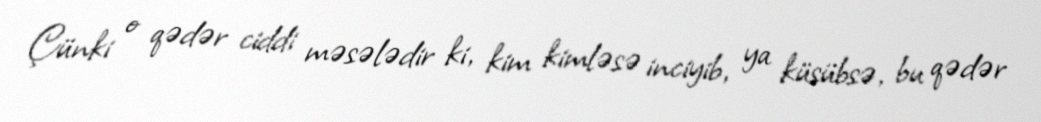
Çünki o qədər ciddi məsələdir ki, kim kimləsə inciyib, ya küsübsə, bu qədər